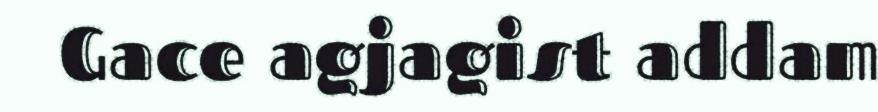
Gace agjagist addam